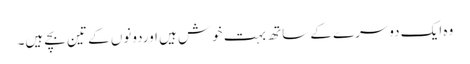
وہ ایک دوسرے کے ساتھ بہت خوش ہیں اوردونوں کے تین بچے ہیں۔